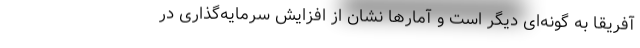
آفریقا به گونه‌ای دیگر است و آمارها نشان از افزایش سرمایه‌گذاری در